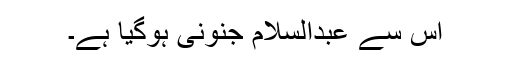
اس سے عبدالسلام جنونی ہوگیا ہے۔